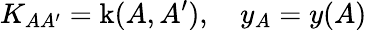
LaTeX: K_{AA^{\prime}}=\operatorname{k}(A,A^{\prime}),\quad y_{A}=y(A)